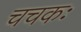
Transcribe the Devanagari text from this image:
चचकः